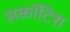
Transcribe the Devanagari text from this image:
सकॉटिश